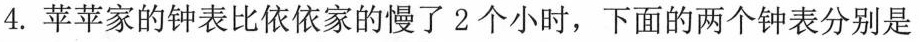
4.苹苹家的钟表比依依家的慢了2个小时，下面的两个钟表分别是